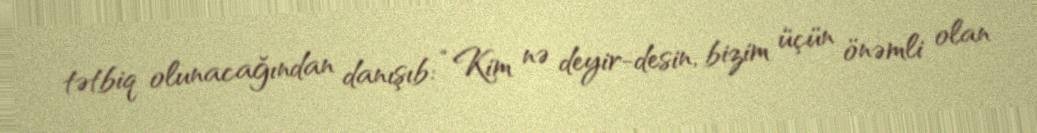
tətbiq olunacağından danışıb: “Kim nə deyir-desin, bizim üçün önəmli olan